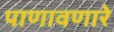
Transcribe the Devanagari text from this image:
पाणावणारे